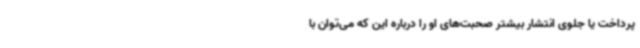
پرداخت یا جلوی انتشار بیشتر صحبت‌های او را درباره این که می‌توان با